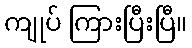
ကျုပ် ကြားပြီးပြီ။